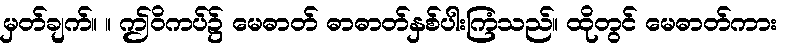
မှတ်ချက်။ ။ ဤဝိကပ်၌ မေဓာတ် ဓာဓာတ်နှစ်ပါးကြံသည်။ ထိုတွင် မေဓာတ်ကား